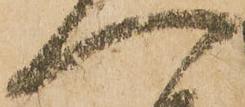
へ